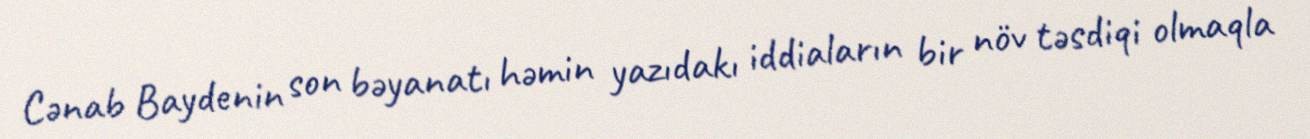
Cənab Baydenin son bəyanatı həmin yazıdakı iddiaların bir növ təsdiqi olmaqla